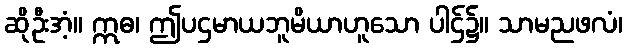
ဆိုဦးအံ့။ ဣဓ၊ ဤပဌမာယဘူမိယာဟူသော ပါဌ်၌။ သာမညဖလံ၊